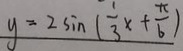
y = 2 \sin ( \frac { 1 } { 3 } x + \frac { \pi } { 6 } )